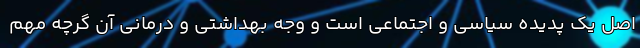
اصل یک پدیده سیاسی و اجتماعی است و وجه بهداشتی و درمانی آن گرچه مهم